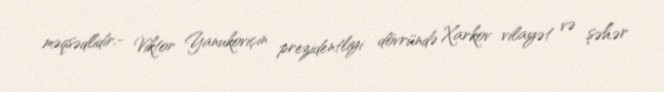
məqsədlidir.- Viktor Yanukoviçin prezidentliyi dövründə Xarkov vilayət və şəhər